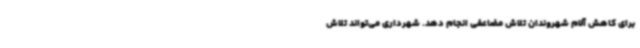
برای کاهش آلام شهروندان تلاش مضاعفی انجام دهد. شهرداری می‌تواند تلاش